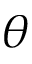
\theta